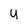
Character: u